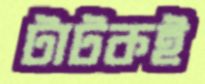
টাটকই